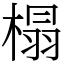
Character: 榻